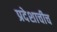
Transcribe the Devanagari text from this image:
प्रदेशाचीच